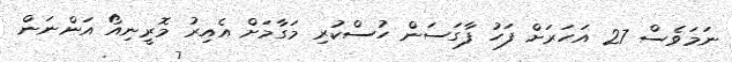
ނަމަވެސް 27 އަހަރަށް ފަހު ފާގަސަން ހުސްކުރި މަގާމަށް އެއިރު މޮރީނިއޯ އަންނަން